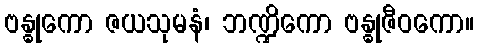
ဗန္ဓုကော ဇယသုမနံ၊ ဘဏ္ဍိကော ဗန္ဓုဇီဝကော။